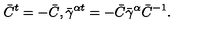
{ \bar { C } } ^ { t } = - { \bar { C } } , { { \bar { \gamma } } ^ { \alpha t } } = - { \bar { C } } { \bar { \gamma } } ^ { \alpha } { \bar { C } } ^ { - 1 } .